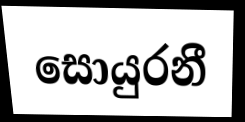
සොයුරනී